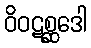
ဝိဝဋစ္ဆဒေါ